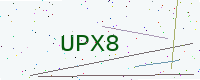
Text: UPX8